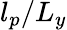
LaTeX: l_{p}/L_{y}